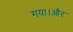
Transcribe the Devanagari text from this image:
गया।और